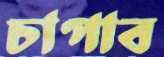
চাপাব